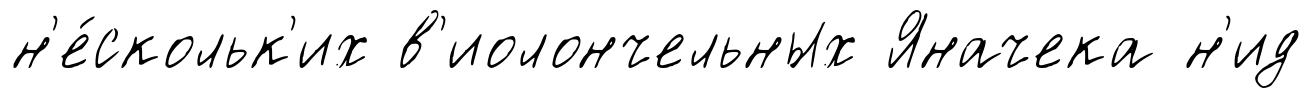
н'е́скольк'их в'иолончельных Яначека н'ид